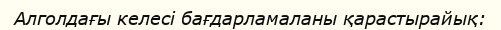
Алголдағы келесі бағдарламаланы қарастырайық: